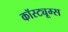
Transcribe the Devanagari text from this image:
कॉस्ट्यूम्स